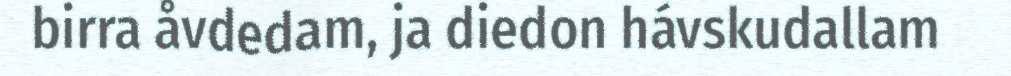
birra åvdedam, ja diedon hávskudallam